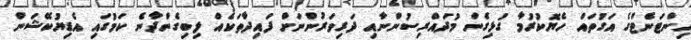
އިންޓަނެޓްގެ އަގުތައް ހެޔޮކުރުމާ ގުޅިގެން މުދައްރިސުންނާއި ދަރިވަރުންނަށް ފައިދާތަކެއް ލިބިގެންދާނެ ކަމުގައި އެޑިޔުކޭޝަން